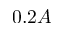
0 . 2 A